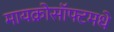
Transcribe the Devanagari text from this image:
मायक्रोसॉफ्टमधे